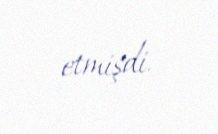
etmişdi.